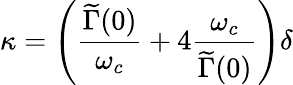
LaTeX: \kappa=\left(\frac{\widetilde\Gamma(0)}{\omega_{c}}+4\frac{\omega_{c}}{\widetilde\Gamma(0)}\right)\delta